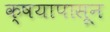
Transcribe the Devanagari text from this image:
क्षयापासून